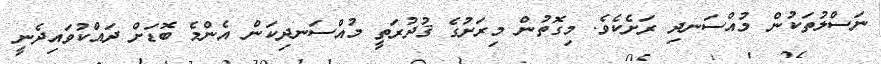
ނަސްލުތަކުން މުއްސަނދި ރަށެކެވެ. މިގޮތުން މިރަށުގެ ޤުދުރަތީ މުއްސަނދިކަން އެންމެ ބޮޑަށް ދައްކުވައިދެނީ